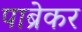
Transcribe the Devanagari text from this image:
पाब्रेकर